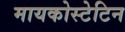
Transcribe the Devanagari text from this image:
मायकोस्टेटिन